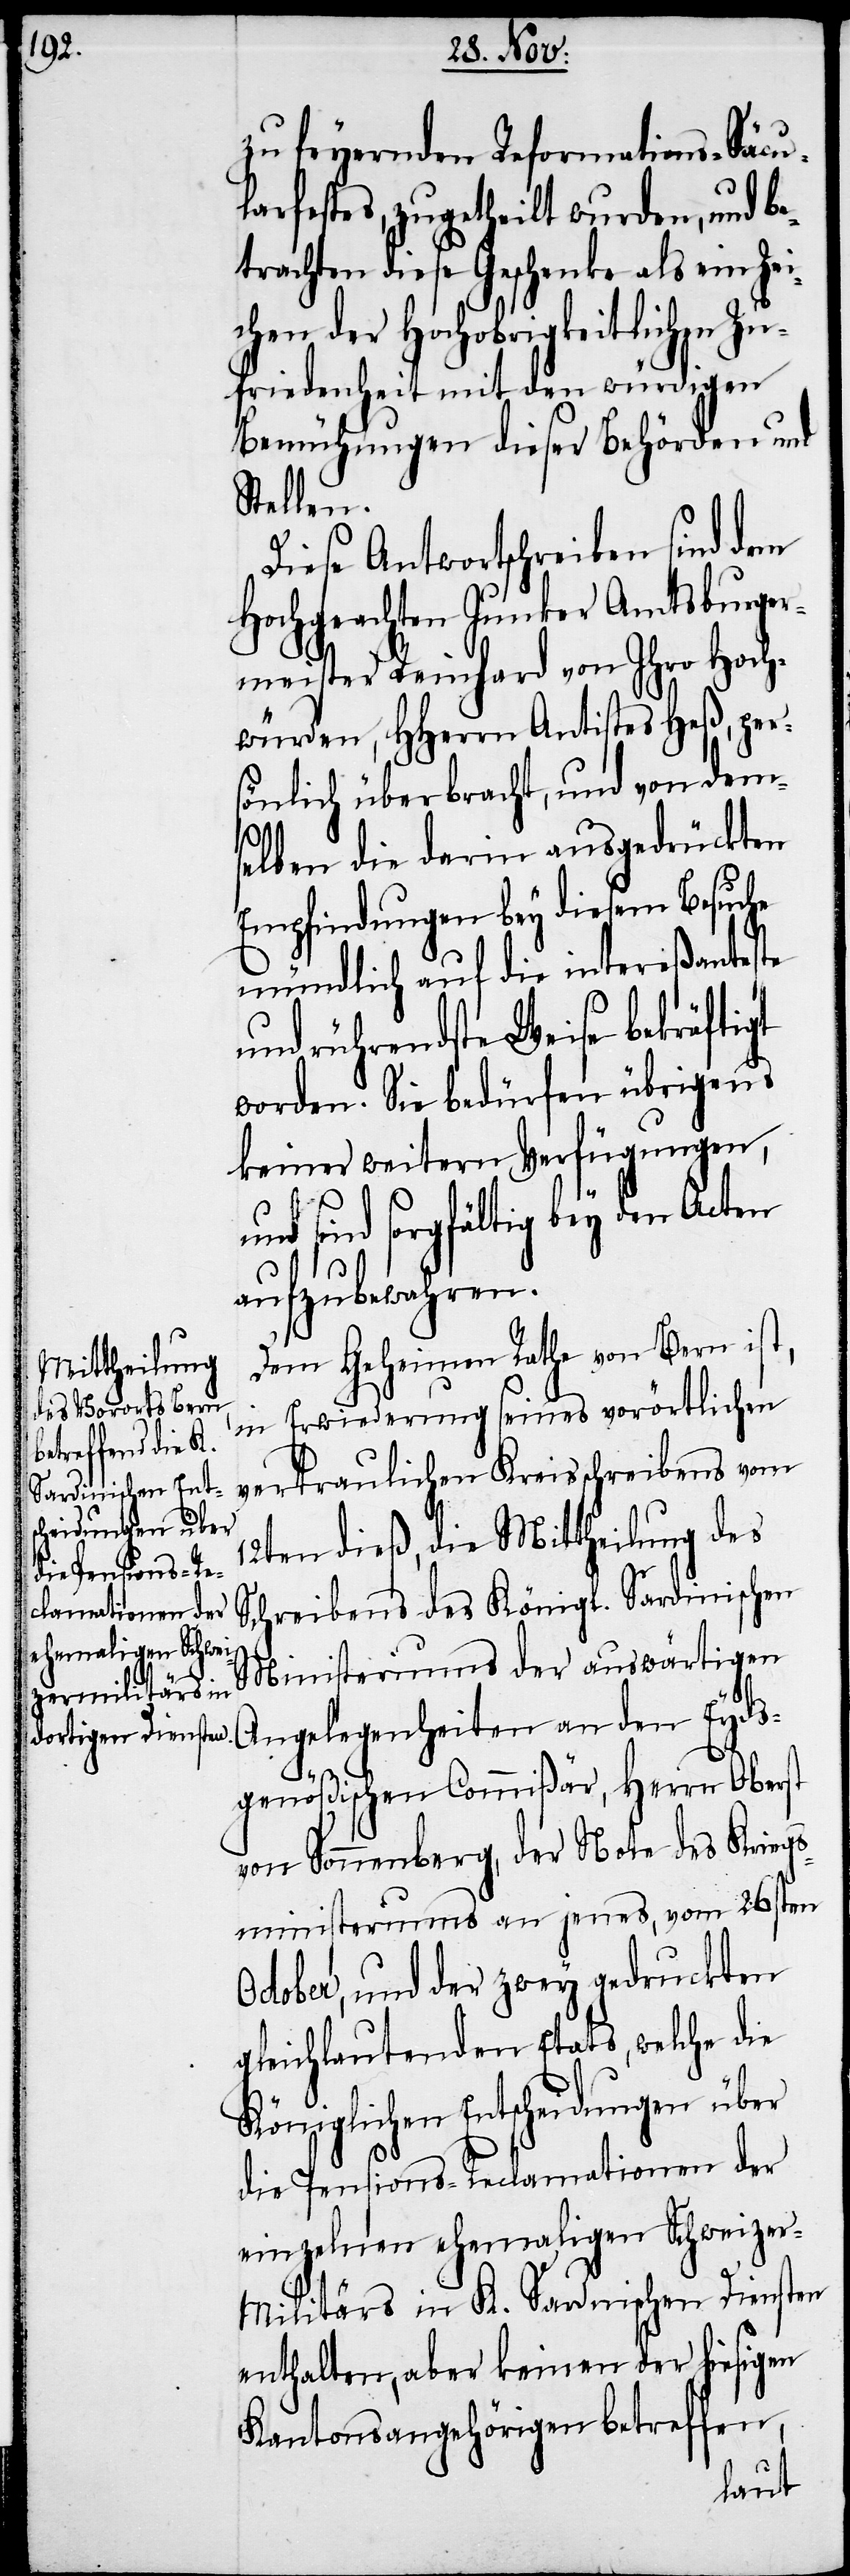
zu feyernden Reformations-Säcu¬
larfestes, zugetheilt wurden, und be¬
trachten diese Geschenke als ein Zei¬
chen der Hochobrigkeitlichen Zu¬
friedenheit mit den würdigen
Bemühungen dieser Behörden und
Stellen.
Diese Antwortschreiben sind dem
Hochgeachten Junker Amtsburger¬
meister Reinhard von Ihro Hoch¬
würden, HHerrn Antistes Heß, per¬
sönlich überbracht, und von dem¬
u¬
elben die darin ausgedrückten
Empfindungen bey diesem Besuche
mündlich auf die intereßanteste
und rührendste Weise bekräftigt
worden. Sie bedürfen übrigens
keiner weitern Verfügungen,
nd sind sorgfältig bey den Acten
aufzubewahren.
Dem Geheimen Rathe von Bern ist,
in Erwiederung seines vorörtlichen
vertraulichen Kreisschreibens vom
12ten dieß, die Mittheilung des
Schreibens des Königl. Sardinischen
Ministeriums der auswärtigen
Angelegenheiten an den Eyds¬
genößischen Commißär, Herrn Oberst
von Sonnenberg, der Note des Kriegs¬
ministeriums an jenes, vom 26sten
October, und der zwey gedruckten
gleichlautenden Etats, welche die
Königlichen Entscheidungen über
die Pensions-Reclamationen der
einzelnen ehemaligen Schweize¬
r-Militärs in K. Sardinischen Diensten
enthalten, aber keinen der hiesigen
Kantonsangehörigen betreffen,